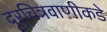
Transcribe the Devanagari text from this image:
दूरचित्रवाणीकडे